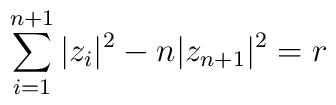
\sum_{i = 1}^{n+1} |z_i|^2 - n |z_{n+1}|^2 = r